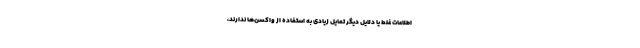
اطلاعات غلط یا دلایل دیگر تمایل زیادی به استفاده از واکسن‌ها ندارند،